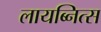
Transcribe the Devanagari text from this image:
लायब्नित्स